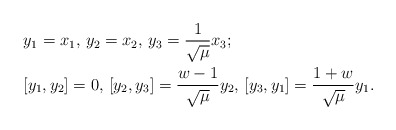
\begin{align*}&y_1=x_1, \, y_2=x_2, \, y_3=\frac{1}{\sqrt{\mu}}x_3;\\&[y_1,y_2]=0, \,[y_2,y_3]=\frac{w-1}{\sqrt{\mu}}y_2, \,[y_3,y_1]=\frac{1+w}{\sqrt{\mu}}y_1.\end{align*}